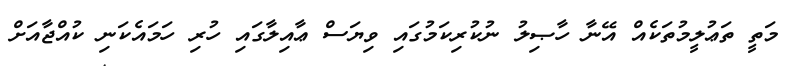
މަތީ ތަޢުލީމުތަކެއް އޭނާ ހާޞިލު ނުކުރިކަމުގައި ވިޔަސް ޢާއިލާގައި ހުރި ހަމައެކަނި ކުއްޖާއަށް